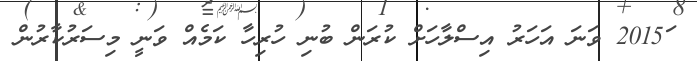
ަ2015 ވަނަ އަހަރު އިސްލާހަށް ކުރަން ބުނި ހުރިހާ ކަމެއް ވަނީ މިސަރުކާރުން